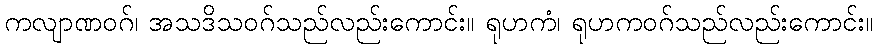
ကလျာဏဝဂ်၊ အသဒိသဝဂ်သည်လည်းကောင်း။ ရုဟကံ၊ ရုဟကဝဂ်သည်လည်းကောင်း။